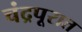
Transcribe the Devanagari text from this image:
चंद्रपूरात